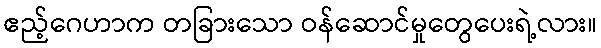
ဧည့်ဂေဟာက တခြားသော ဝန်ဆောင်မှုတွေပေးရဲ့လား။